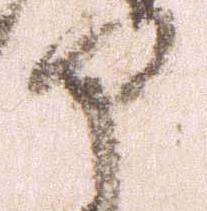
部